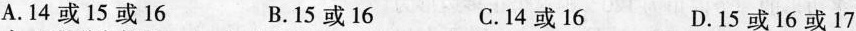
A.14或15或16 B.15或16 C.14或16 D.15或16或17